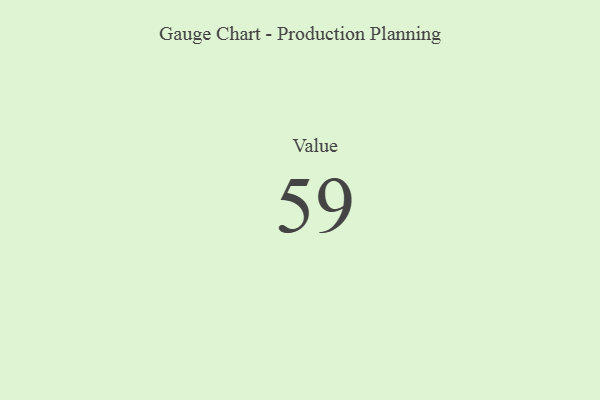
{"axis": {"x": "Metric", "y": "Value"}, "legend": [""], "data": [{"x": "Value", "y": 59, "type": ""}]}